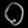
Digit: ၀